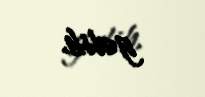
gəlib.